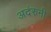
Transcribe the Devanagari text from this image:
अदंरुनी